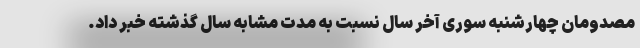
مصدومان چهارشنبه سوری آخر سال نسبت به مدت مشابه سال گذشته خبر داد.